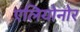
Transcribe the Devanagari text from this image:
एलियोनोर